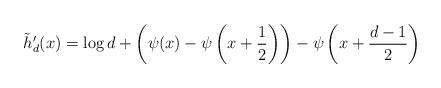
LaTeX: \begin{align*}\tilde{h}_d'(x) = \log d + \left(\psi(x) - \psi\left(x+\frac12\right)\right) - \psi\left(x + \frac{d-1}{2}\right)\end{align*}